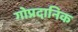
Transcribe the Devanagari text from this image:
गोप्रदानिक